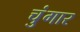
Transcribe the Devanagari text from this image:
चुंगार